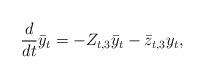
LaTeX: \begin{align*}\frac{d}{dt}\bar{y}_t = -Z_{t,3}\bar{y}_t - \bar{z}_{t,3}y_t,\end{align*}